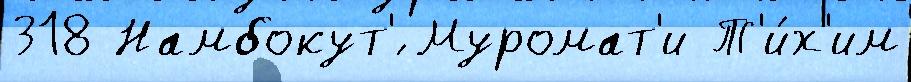
318 Намбокут'́ Муромат'и Т'и́х'им